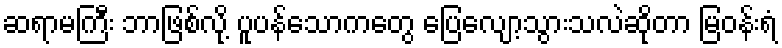
ဆရာမကြီး ဘာဖြစ်လို့ ပူပန်သောကတွေ ပြေလျော့သွားသလဲဆိုတာ မြဝန်းရံ